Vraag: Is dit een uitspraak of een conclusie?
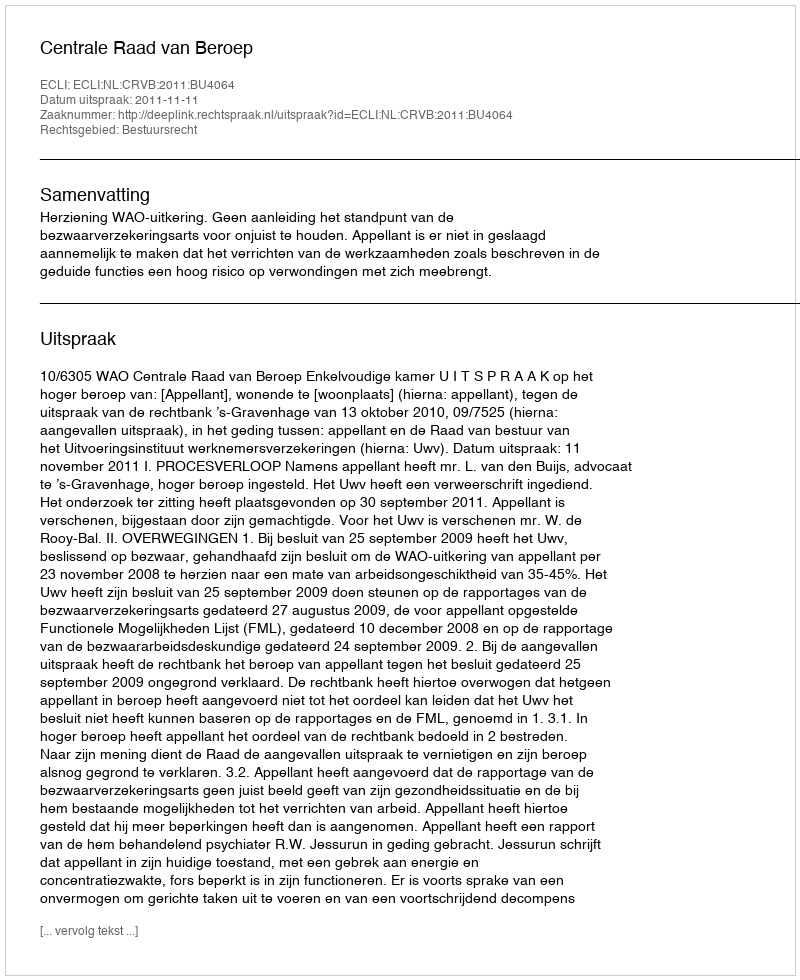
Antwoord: Uitspraak